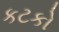
કટકો